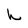
Character: h